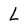
Character: L